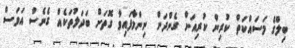
ބިލްގެ މަސައްކަތް ކުރިން ކުރިއަށް ގެންދަން ނިންމާފައިވާ ގޮތަށް ބަދަލުތަކެއް ގެނެސް އަވަސް